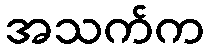
အသက်က